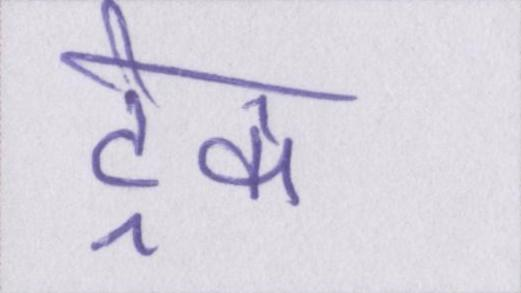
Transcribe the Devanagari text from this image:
ट्रेक